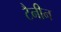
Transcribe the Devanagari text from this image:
टैनीन